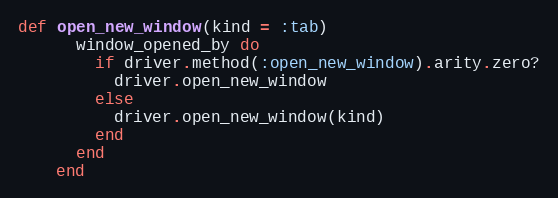
Language: Ruby
def open_new_window(kind = :tab)
      window_opened_by do
        if driver.method(:open_new_window).arity.zero?
          driver.open_new_window
        else
          driver.open_new_window(kind)
        end
      end
    end